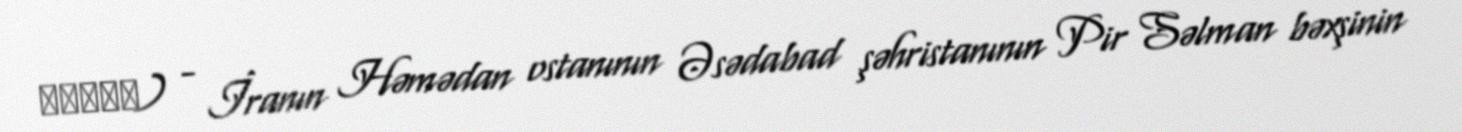
لک‌لک) - İranın Həmədan ostanının Əsədabad şəhristanının Pir Səlman bəxşinin